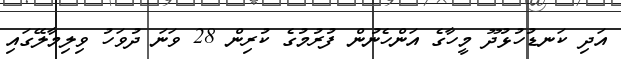
އަދި ކަނޑުހުޅުދޫ މީހާގެ އަންހެނުން ފުރުމުގެ ކުރިން 28 ވަނަ ދުވަހު ވިލިމާލޭގައި